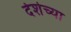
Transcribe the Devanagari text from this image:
देशेच्या